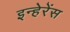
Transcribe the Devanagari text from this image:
इन्हेरेंस